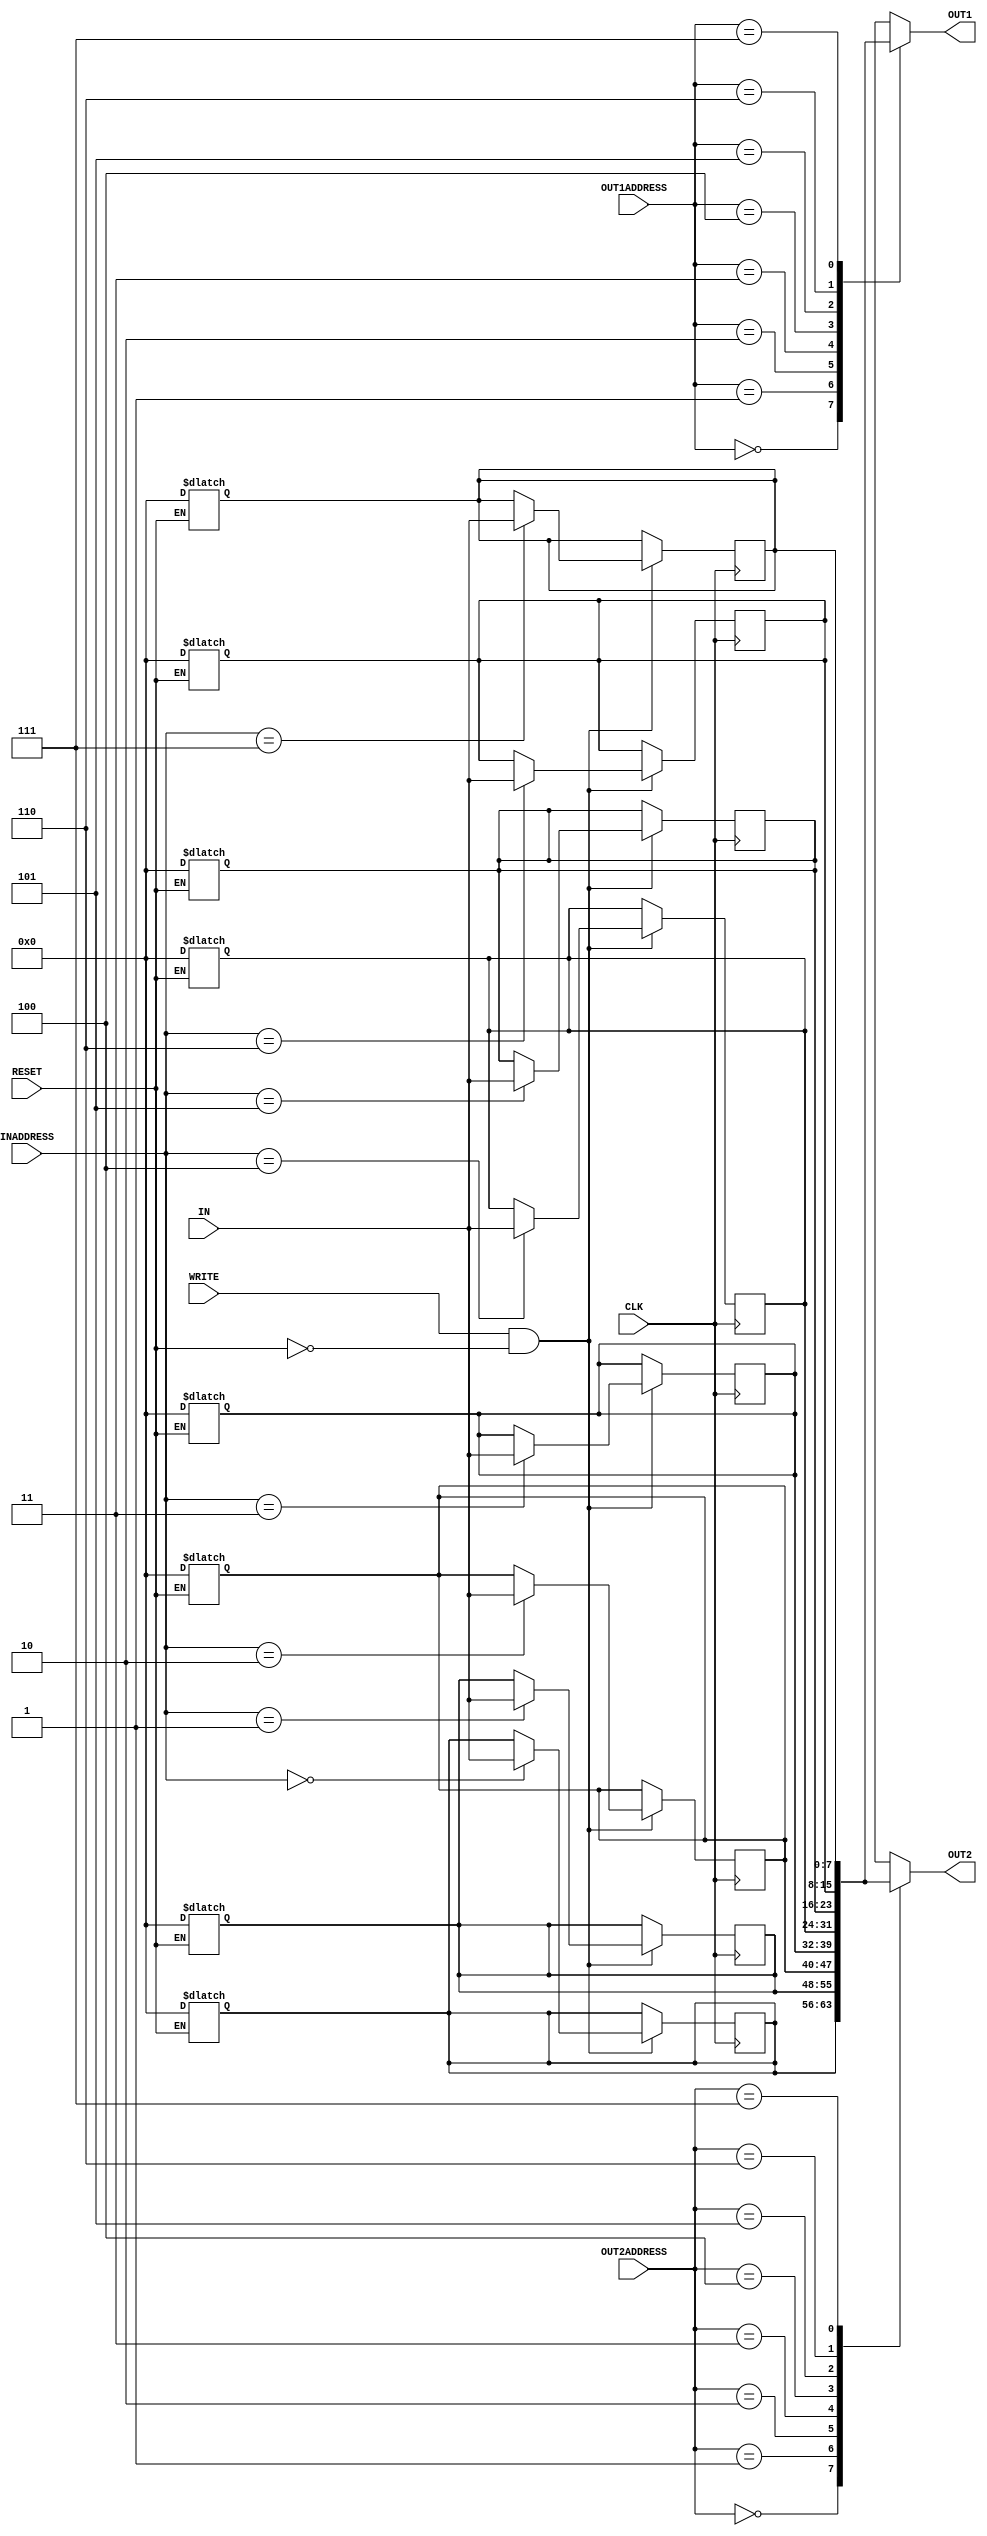
//E/16/290



module reg_file (IN, OUT1, OUT2, INADDRESS, OUT1ADDRESS, OUT2ADDRESS, WRITE, CLK, RESET);
   
    
    
    input  [7:0] IN;
   	input  [2:0] INADDRESS, OUT1ADDRESS, OUT2ADDRESS;
   	input  WRITE,RESET,CLK;
   	output reg [7:0] OUT1, OUT2;

    //8 x 8 REGISTER
   	reg    [7:0] REGISTER [7:0];
     

    //SYNCHRONIZE WITH RESET
    always@( RESET)
    begin
   
        //IF RESET==1 LEVEL TRIGGERED
	    if(RESET)begin
		    
		    //DELAY 2s FOR RESET
		    #2;

		    //MAKE 8*8 REGISTER ZERO
		    REGISTER[0]<=8'b00000000;
		    REGISTER[1]<=8'b00000000;
		    REGISTER[2]<=8'b00000000;
		    REGISTER[3]<=8'b00000000;
		    REGISTER[4]<=8'b00000000;
		    REGISTER[5]<=8'b00000000;
		    REGISTER[6]<=8'b00000000;
		    REGISTER[7]<=8'b00000000;
	    
	    end

     end 



    //SYNCHRONIZE WITH POSITIVE EDGE OF CLOCK
    always@(posedge CLK)
    begin
        
        //IF WRITE ENABLE
        if(WRITE==1 && RESET==0)begin

            //DELAY 2s FOR WRITE
	        #2;
	        //ASSIGN INPUT TO THE INADRESS OF REGISTER
	        REGISTER[INADDRESS]<=IN;
        end
     
    end   

 
    
    //EVERYTIME READ FROM REGISTER
    always@(*)begin   
	    
        //DELAY 2s FOR READ
	    #2;
	    //READ REGISTER OUTADRESS AND ASSIGN IT TO OUT 
	    OUT1<=REGISTER[OUT1ADDRESS];
		OUT2<=REGISTER[OUT2ADDRESS];
    end   
	

endmodule